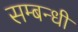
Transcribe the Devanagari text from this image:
सम्‍बन्‍धी